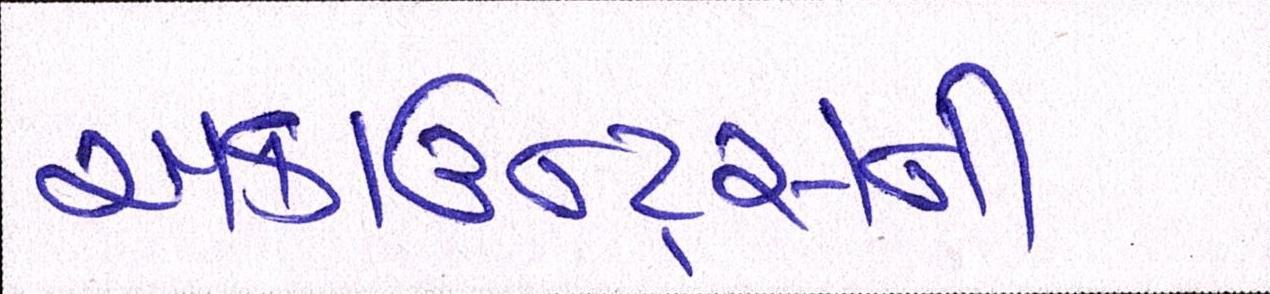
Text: અકાઉન્ટ્સની